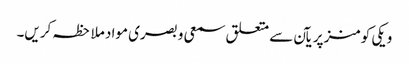
ویکی کومنز پر یآن سے متعلق سمعی و بصری مواد ملاحظہ کریں۔